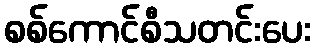
စစ်ကောင်စီသတင်းပေး